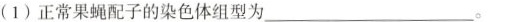
(1) 正常果蝇配子的染色体组型为___。